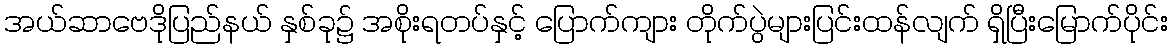
အယ်ဆာဗေဒိုပြည်နယ် နှစ်ခု၌ အစိုးရတပ်နှင့် ပြောက်ကျား တိုက်ပွဲများပြင်းထန်လျက် ရှိပြီးမြောက်ပိုင်း